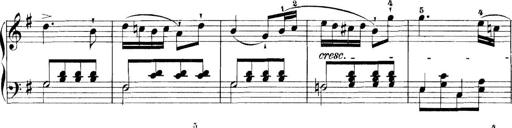
Title: 11 Sonatinas
Composer: Anton Diabelli